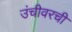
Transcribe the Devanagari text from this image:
उंचीवरची